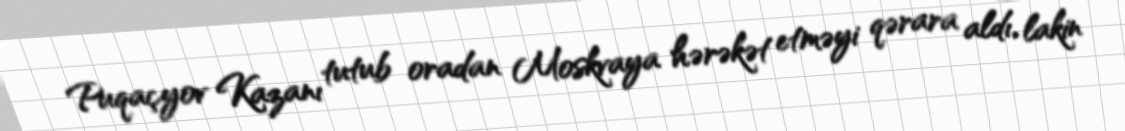
Puqaçyov Kazanı tutub oradan Moskvaya hərəkət etməyi qərara aldı, lakin